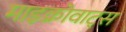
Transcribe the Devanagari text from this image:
माइक्रोवाट्स